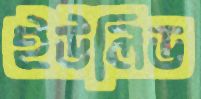
ইউলিড